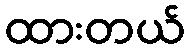
ထားတယ်